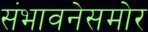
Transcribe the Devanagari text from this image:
संभावनेसमोर